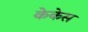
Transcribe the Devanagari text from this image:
केकेस